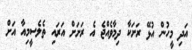
އަދި މީހުން އުޅޭ ރަށަކާ ދިމާވެއްޖެ އެ ރަށަށް އަރައި ތެލެސީމިއާ އަށް